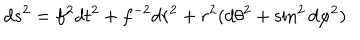
LaTeX: d s ^ { 2 } = f ^ { 2 } d t ^ { 2 } + f ^ { - 2 } d r ^ { 2 } + r ^ { 2 } ( d \theta ^ { 2 } + \sin ^ { 2 } d \varphi ^ { 2 } ) .